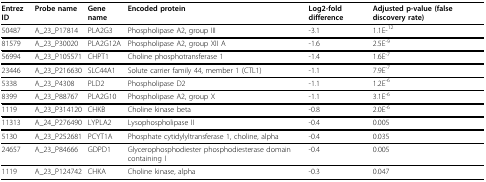
| Entrez ID | Probe name | Gene name | Encoded protein | Log2-fold difference | Adjusted p-value (false discovery rate) |
 | --- | --- | --- | --- | --- | --- |
 | 50487 | A_23_P17814 | PLA2G3 | Phospholipase A2, group III | -3.1 | 1.1E-12 |
 | 81579 | A_23_P30020 | PLA2G12A | Phospholipase A2, group XII A | -1.6 | 2.5E-9 |
 | 56994 | A_23_P105571 | CHPT1 | Choline phosphotransferase 1 | -1.4 | 1.6E-7 |
 | 23446 | A_23_P216630 | SLC44A1 | Solute carrier family 44, member 1 (CTL1) | -1.1 | 7.9E-7 |
 | 5338 | A_23_P4308 | PLD2 | Phospholipase D2 | -1.1 | 1.2E-6 |
 | 8399 | A_23_P88767 | PLA2G10 | Phospholipase A2, group X | -1.1 | 3.1E-6 |
 | 1119 | A_23_P314120 | CHKB | Choline kinase beta | -0.8 | 2.0E-6 |
 | 11313 | A_24_P276490 | LYPLA2 | Lysophospholipase II | -0.4 | 0.005 |
 | 5130 | A_23_P252681 | PCYT1A | Phosphate cytidylyltransferase 1, choline, alpha | -0.4 | 0.035 |
 | 24657 | A_23_P84666 | GDPD1 | Glycerophosphodiester phosphodiesterase domain containing I | -0.4 | 0.005 |
 | 1119 | A_23_P124742 | CHKA | Choline kinase, alpha | -0.3 | 0.047 |